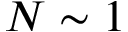
N \sim 1